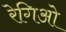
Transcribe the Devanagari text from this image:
रेगिओ